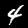
Label: 4